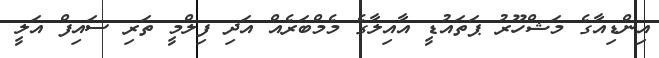
އިންޑިއާގެ މަޝްހޫރު ޕަތައުޑީ އާއިލާގެ މެމްބަރެއް އަދި ފިލްމީ ތަރި ސައިފް އަލީ